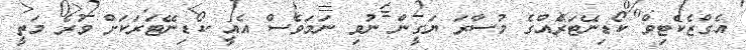
އެގްޒެކެޓިވް ކޯޑިނޭޓަރެއްގެ މުސާރަ ޔަގީން ނުވި ނަމަވެސް އެއީ ކޯޑިނޭޓަރަކަށް ވުރެ މަތީ